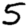
Digit: 5